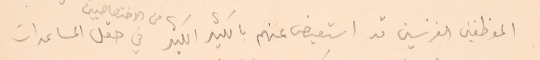
الموظفين الفرنسين قد استعيض عنهم بالكثير الكثير من الاختصاصيين في حقل المساعدات